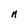
Character: n